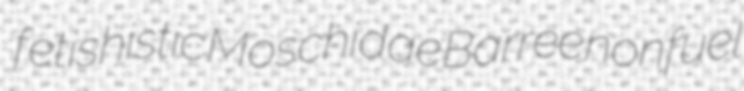
fetishistic Moschidae Barree nonfuel